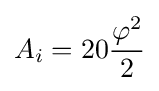
A_{i}=20{\frac {\varphi ^{2}}{2}}